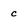
Character: c